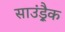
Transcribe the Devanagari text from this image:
साउंड़्रैक